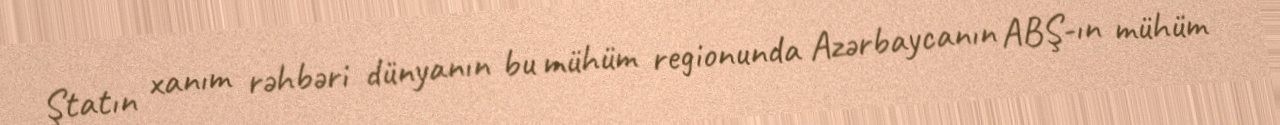
Ştatın xanım rəhbəri dünyanın bu mühüm regionunda Azərbaycanın ABŞ-ın mühüm